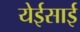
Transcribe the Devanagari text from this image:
येईसाई